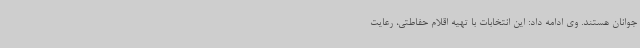
جوانان هستند. وی ادامه داد: این انتخابات با تهیه اقلام حفاطتی، رعایت